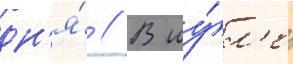
дн'я́ // В иу́л'е